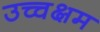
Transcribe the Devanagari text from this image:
उच्चक्षम